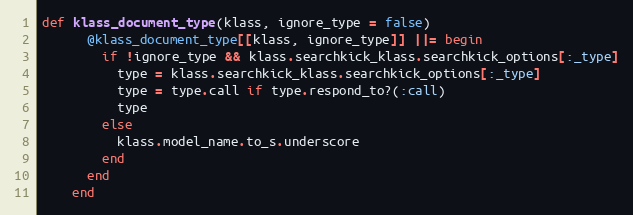
Language: Ruby
def klass_document_type(klass, ignore_type = false)
      @klass_document_type[[klass, ignore_type]] ||= begin
        if !ignore_type && klass.searchkick_klass.searchkick_options[:_type]
          type = klass.searchkick_klass.searchkick_options[:_type]
          type = type.call if type.respond_to?(:call)
          type
        else
          klass.model_name.to_s.underscore
        end
      end
    end